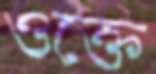
ওক্তে